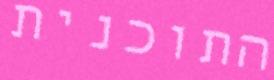
התוכנית